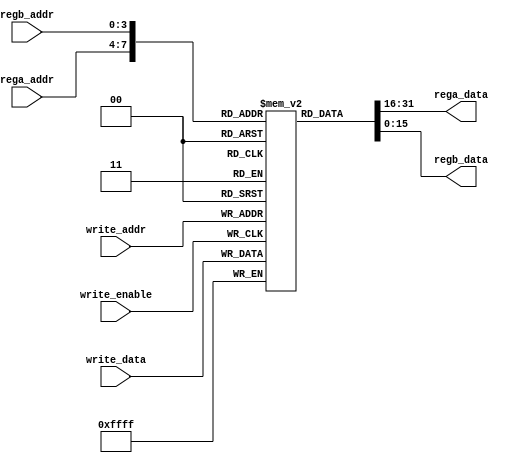
`timescale 1ns / 1ps
//////////////////////////////////////////////////////////////////////////////////
// Company: 
// Engineer: 
// 
// Design Name: 
// Module Name: registers
// Project Name: 
// Target Devices: 
// Tool Versions: 
// Description: 
// 
// Dependencies: 
// 
// Revision:
// Revision 0.01 - File Created
// Additional Comments:
// 
//////////////////////////////////////////////////////////////////////////////////


module registers(
    input [3:0] rega_addr,regb_addr,write_addr,
    input [15:0] write_data,
    input write_enable,
    output reg [15:0] rega_data,regb_data
    );
    reg [15:0] reg_array [15:0];
    reg [4:0] i;
 initial
    begin
        for (i=0;i<16;i=i+1)
            reg_array[i]=0;
    end        
        
 
    always@(posedge write_enable) begin
        reg_array[write_addr] <= write_data;
    end
    
    always @*  begin
        rega_data<=reg_array[rega_addr];
        regb_data<=reg_array[regb_addr];
    end
endmodule